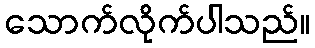
သောက်လိုက်ပါသည်။